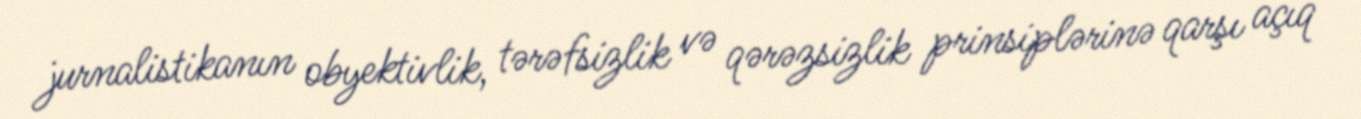
jurnalistikanın obyektivlik, tərəfsizlik və qərəzsizlik prinsiplərinə qarşı açıq